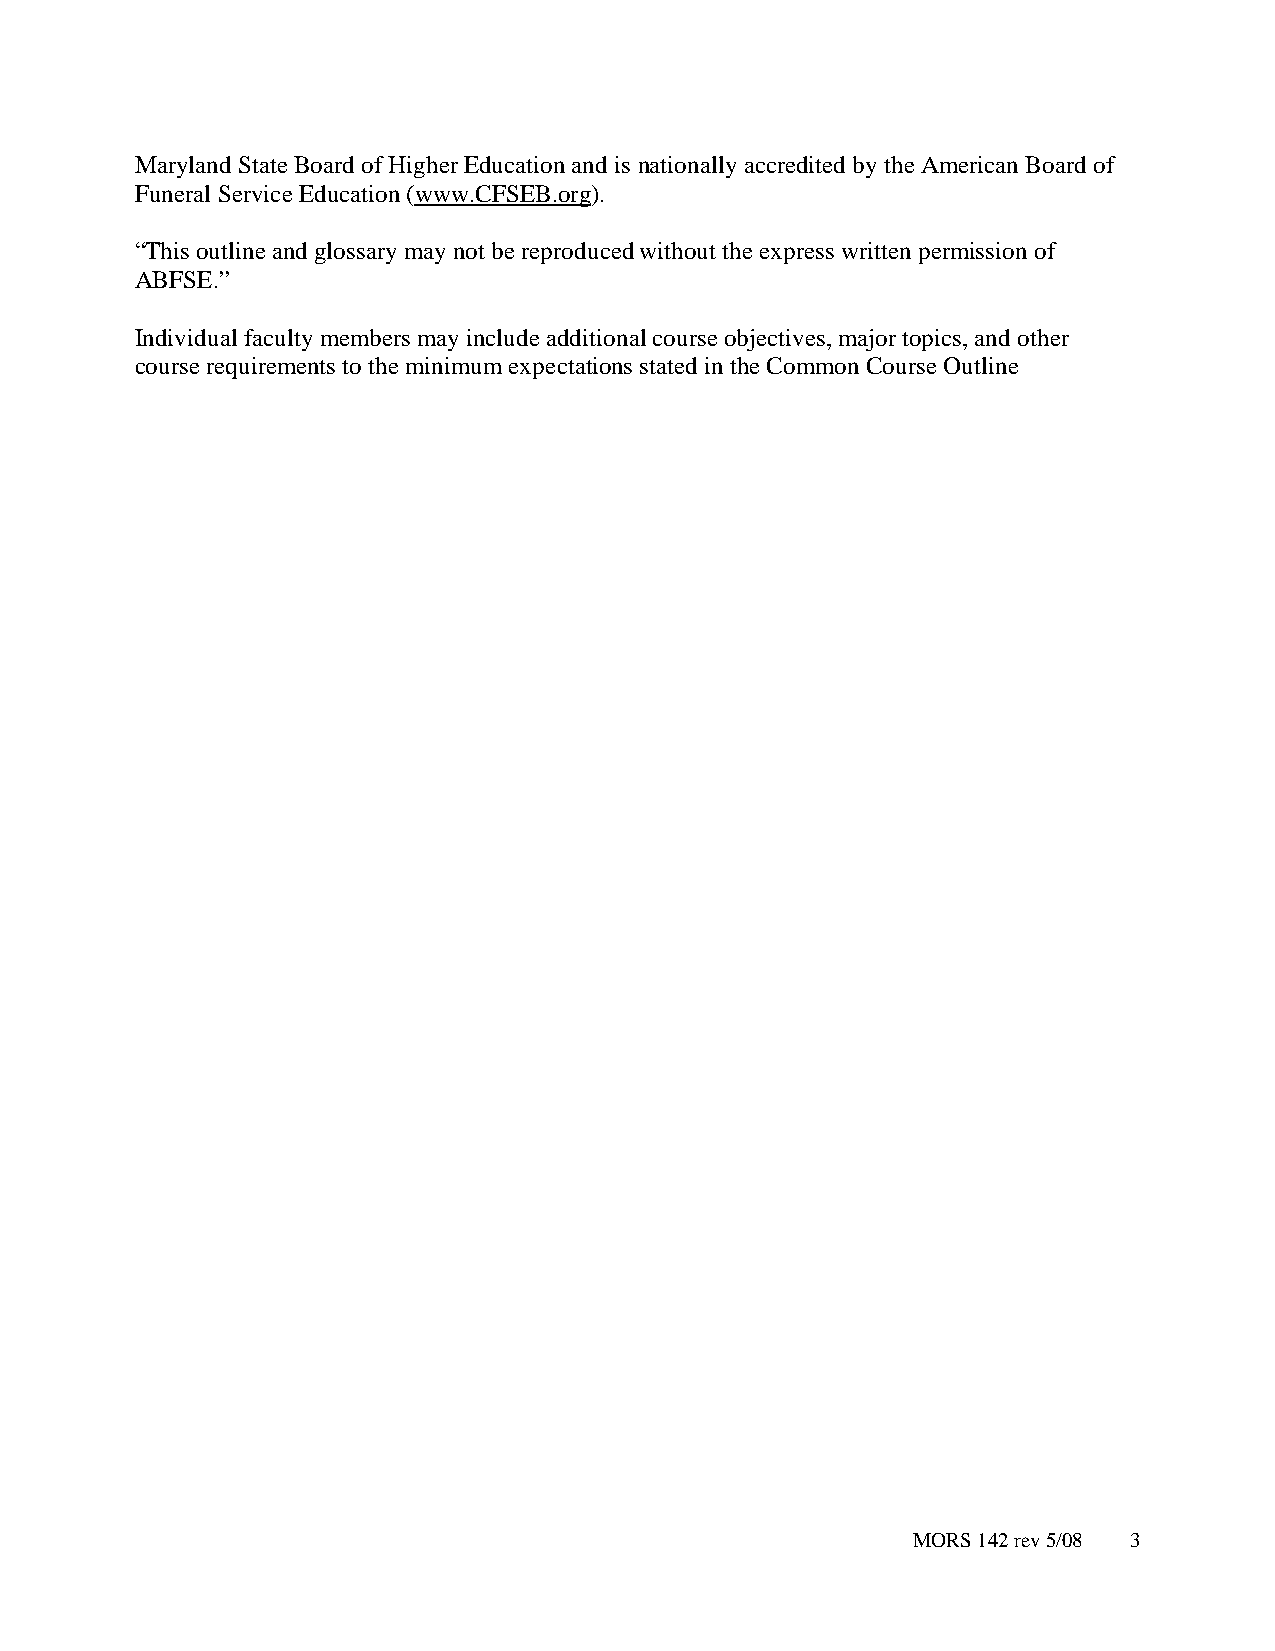
Maryland State Board of Higher Education and is nationally accredited by the American Board of
 Funeral Service Education (www.CFSEB.org).
 “This outline and glossary may not be reproduced without the express written permission of
 ABFSE.”
 Individual faculty members may include additional course objectives, major topics, and other
 course requirements to the minimum expectations stated in the Common Course Outline
 MORS 142 rev 5/08 3